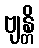
ဗျန္တိ